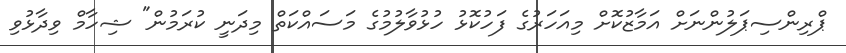
ޕްރިންސިޕަލުންނަށް އަމާޒުކޮށް މިއަހަރުގެ ފަހުކޮޅު ހުޅުވާލުމުގެ މަސައްކަތް މިދަނީ ކުރަމުން" ޝިހާމް ވިދާޅުވި